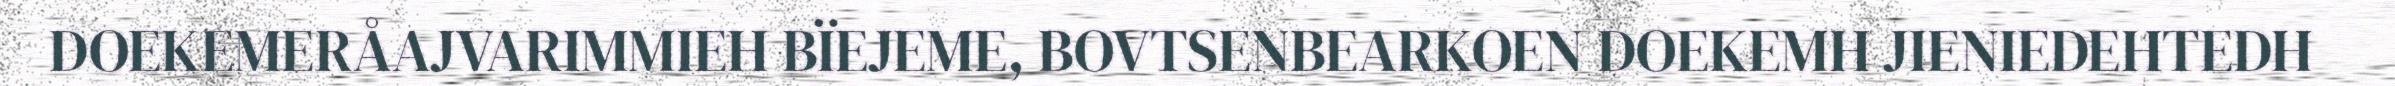
DOEKEMERÅAJVARIMMIEH BÏEJEME, BOVTSENBEARKOEN DOEKEMH JIENIEDEHTEDH